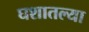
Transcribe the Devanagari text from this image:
घशातल्या